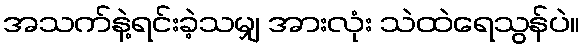
အသက်နဲ့ရင်းခဲ့သမျှ အားလုံး သဲထဲရေသွန်ပဲ။